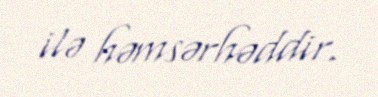
ilə həmsərhəddir.